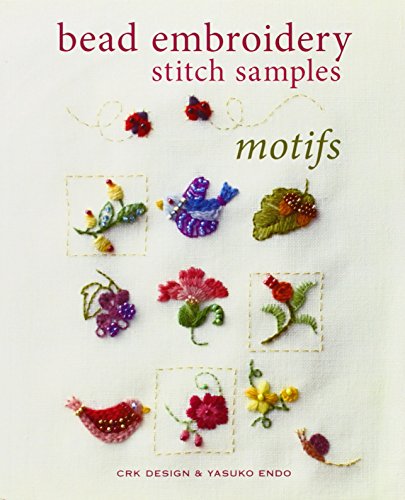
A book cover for Bead Embroidery Stitch Samples - Motifs; CRK Design; Crafts, Hobbies & Home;